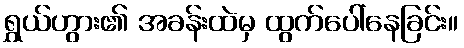
ရွှယ်ဟွား၏ အခန်းထဲမှ ထွက်ပေါ်နေခြင်း။